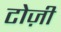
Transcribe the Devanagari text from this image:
टोज़ी